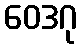
ဝေဒဂု